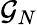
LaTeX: \mathcal{G}_{N}